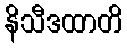
နိသီဒထာတိ